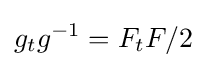
g_{t}g^{-1}=F_{t}F/2